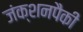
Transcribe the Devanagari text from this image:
जंक्शनपैकी